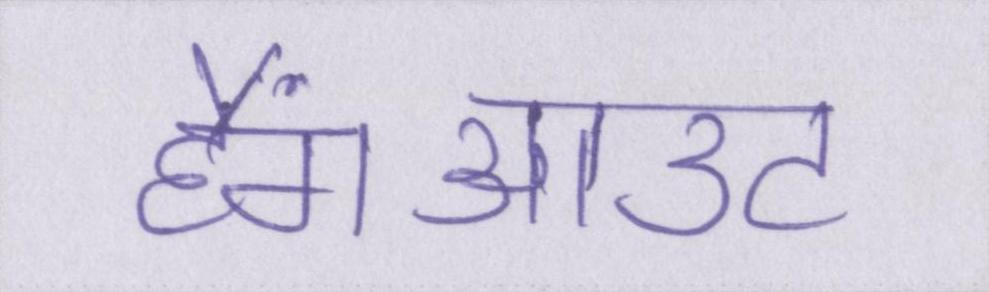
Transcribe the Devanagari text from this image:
हैंगआउट